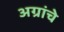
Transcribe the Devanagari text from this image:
अग्रांचे